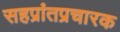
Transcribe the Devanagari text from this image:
सहप्रांतप्रचारक